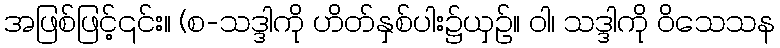
အဖြစ်ဖြင့်၎င်း။ (စ-သဒ္ဒါကို ဟိတ်နှစ်ပါး၌ယှဉ်။ ဝါ၊ သဒ္ဒါကို ဝိသေသန